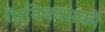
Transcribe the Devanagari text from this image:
गैरविकासकों